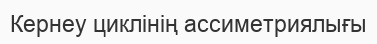
Кернеу циклінің ассиметриялығы